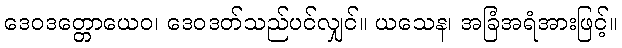
ဒေဝဒတ္တောယေဝ၊ ဒေဝဒတ်သည်ပင်လျှင်။ ယသေန၊ အခြံအရံအားဖြင့်။